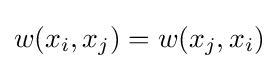
w(x_{i},x_{j})=w(x_{j},x_{i})